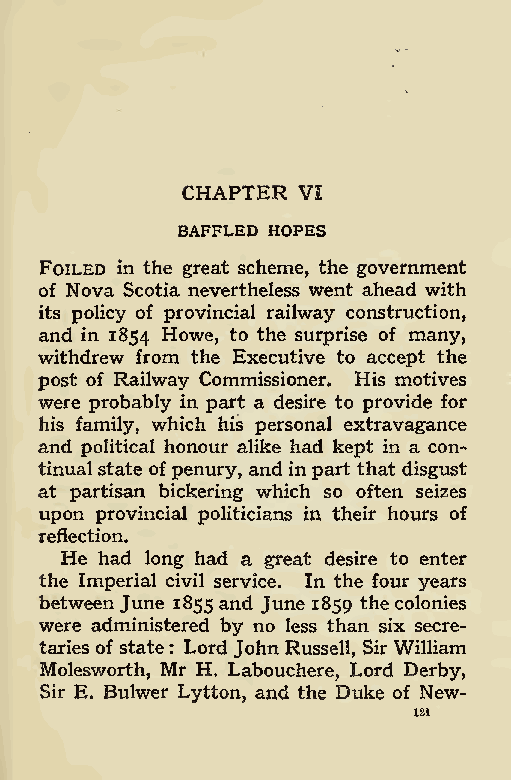
CHAPTER VI
 BAFFLED HOPES
 Foiled in the great scheme, the government
 of Nova Scotia nevertheless went ahead with
 its policy of provincial railway construction,
 and in 1854 Howe, to the surprise of many,
 withdrew from the Executive to accept the
 post of Railway Commissioner. His motives
 were probably in part a desire to provide for
 his family, which his personal extravagance
 and political honour alike had kept in a con-
 tinualstate ofpenury, and in part that disgust
 at partisan bickering which so often seizes
 upon provincial politicians in their hours of
 reflection.
 He had long had a great desire to enter
 the Imperial civil service. In the four years
 between June 1855 and June 1859 thecolonies
 were administered by no less than six secre-
 taries of state : Lord John Russell, SirWilliam
 Molesworth, Mr H. Labouchere, Lord Derby,
 Sir E. Bulwer Lytton, and the Duke of New-
 121